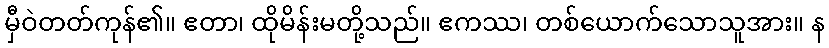
မှီဝဲတတ်ကုန်၏။ ဧတာ၊ ထိုမိန်းမတို့သည်။ ဧကဿ၊ တစ်ယောက်သောသူအား။ န